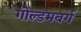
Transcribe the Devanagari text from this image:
गोल्डमबर्ग